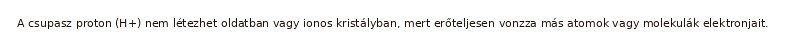
A csupasz proton (H+) nem létezhet oldatban vagy ionos kristályban, mert erőteljesen vonzza más atomok vagy molekulák elektronjait.